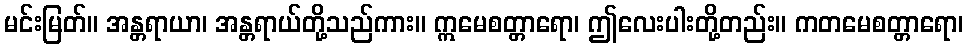
မင်းမြတ်။ အန္တရာယာ၊ အန္တရာယ်တို့သည်ကား။ ဣမေစတ္တာရော၊ ဤလေးပါးတို့တည်း။ ကတမေစတ္တာရော၊